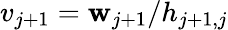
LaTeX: v_{j+1}=\mathbf{w}_{j+1}/h_{j+1,j}